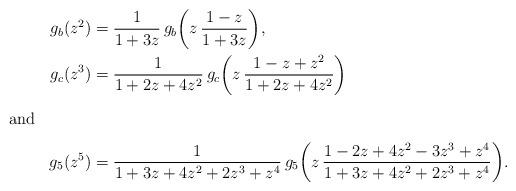
LaTeX: \begin{align*}g_b(z^2)&=\frac{1}{1+3z}\,g_b\biggl(z\,\frac{1-z}{1+3z}\biggr),\\g_c(z^3)&=\frac{1}{1+2z+4z^2}\,g_c\biggl(z\,\frac{1-z+z^2}{1+2z+4z^2}\biggr)\\ \intertext{and}g_5(z^5)&=\frac{1}{1+3z+4z^2+2z^3+z^4}\,g_5\biggl(z\,\frac{1-2z+4z^2-3z^3+z^4}{1+3z+4z^2+2z^3+z^4}\biggr).\end{align*}